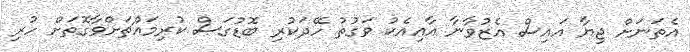
އެތަނަށް ޖިޔާ އައިސް އެޒުވާނާ އާއިއެކު ވަގުތު ހޭދަކުރި ބޮޑުގަސް ކުރިމައްޗަށްވާގޮތަށް ހުރި